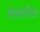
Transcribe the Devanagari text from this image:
बेस्कारिया